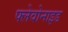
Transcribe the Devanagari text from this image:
फ्लेवोनाइड